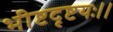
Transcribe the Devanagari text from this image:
भीष्टदृष्टयः।।